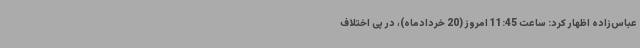
عباس‌زاده اظهار کرد: ساعت 11:45 امروز (20 خردادماه)، در پی اختلاف